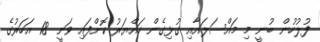
ފުލުހުން ބުނީ މި މައްސަލައާއި ގުޅިގެން ހައްޔަރު ކޮށްފައި ވަނީ 18 އަހަރުގެ